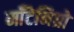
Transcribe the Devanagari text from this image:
मॉँटेनिग्रो